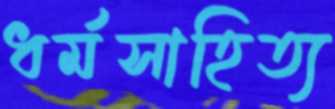
ধর্মসাহিত্য